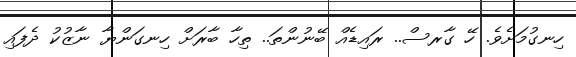
ހިނގުމަށެވެ. ހޭ ގާރސް.. ރައިޑެއް ބޭނުންތަ.. ތިހާ ބާރަށް ހިނގަންޔާ ނާޒުކު ދެފައި